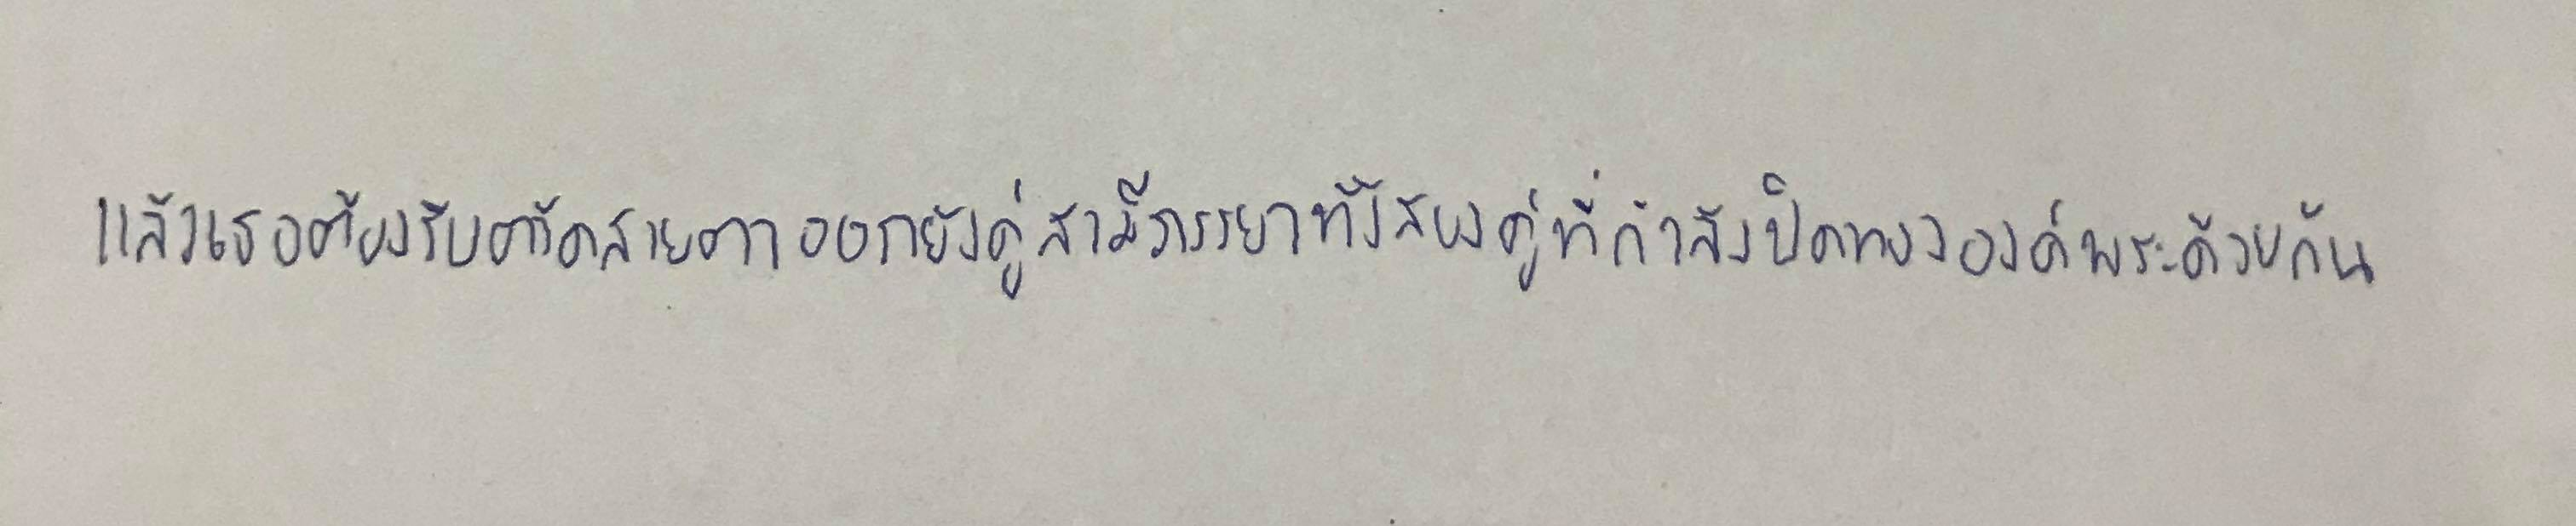
แล้วเธอต้องรีบตวัดสายตาออกยังคู่สามีภรรยาทั้งสองคู่ที่กำลังปิดทององค์พระด้วยกัน